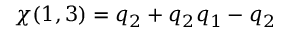
\chi ( 1 , 3 ) = q _ { 2 } + q _ { 2 } q _ { 1 } - q _ { 2 }